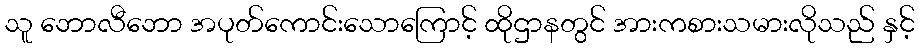
သူ ဘောလီဘော အပုတ်ကောင်းသောကြောင့် ထိုဌာနတွင် အားကစားသမားလိုသည် နှင့်